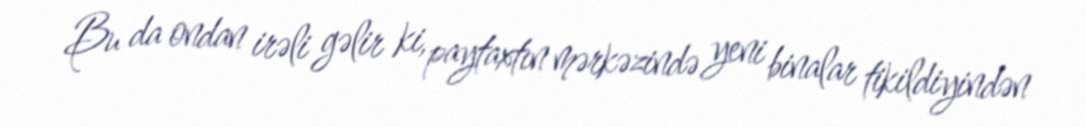
Bu da ondan irəli gəlir ki, paytaxtın mərkəzində yeni binalar tikildiyindən